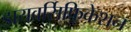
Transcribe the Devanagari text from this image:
डायवर्सिफिकेशन